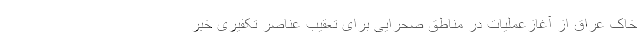
خاک عراق از آغازعملیات در مناطق صحرایی برای تعقیب عناصر تکفیری خبر